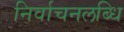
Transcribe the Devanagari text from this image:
निर्वाचनलब्धि